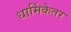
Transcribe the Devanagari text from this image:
धार्मिकेतर